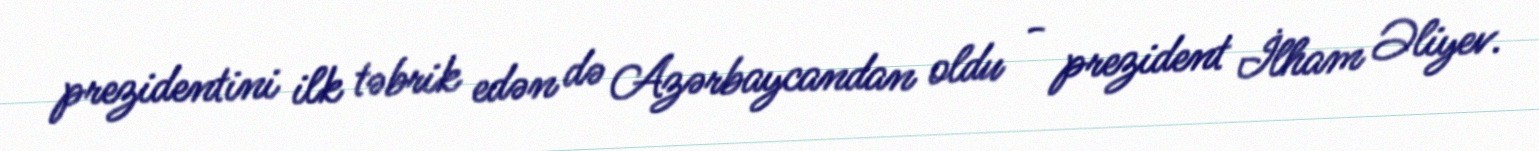
prezidentini ilk təbrik edən də Azərbaycandan oldu - prezident İlham Əliyev.